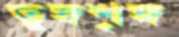
তুঙ্গশৃঙ্গ